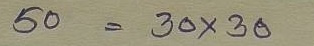
50  = 30 x 30